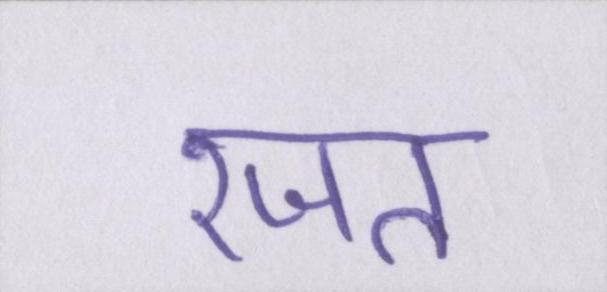
रजत